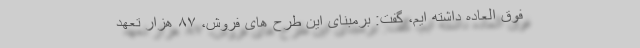
فوق العاده داشته ایم، گفت: برمبنای این طرح های فروش، ۸۷ هزار تعهد